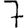
Digit: 7